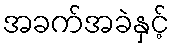
အခက်အခဲနှင့်